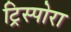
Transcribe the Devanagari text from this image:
ट्रिस्पोरा